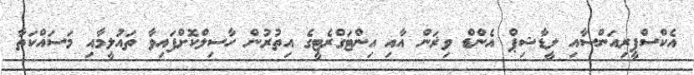
އެކްސްޕީރިއަންސާއި ލީޑާޝިޕް އެންޑް ވިޜަން އާއި އިންޓަގްރެޓީގެ އިތުރުން ހާސިލްކޮށްފައިވާ ތައުލީމާއި މަސައްކަތާ